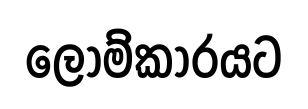
ලොම්කාරයට